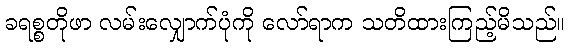
ခရစ္စတိုဖာ လမ်းလျှောက်ပုံကို လော်ရာက သတိထားကြည့်မိသည်။